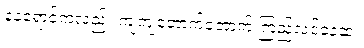
နေရောင်ကလည်း ကျဲကျဲတောက်တောက် ကြည်လင်နေဆဲ။